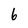
Character: 6